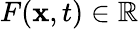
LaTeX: F(\mathbf{x},t)\in\mathbb{R}